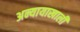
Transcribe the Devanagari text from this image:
अन्यायाखाली